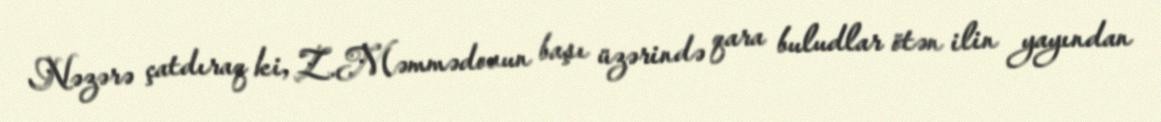
Nəzərə çatdıraq ki, Z.Məmmədovun başı üzərində qara buludlar ötən ilin yayından